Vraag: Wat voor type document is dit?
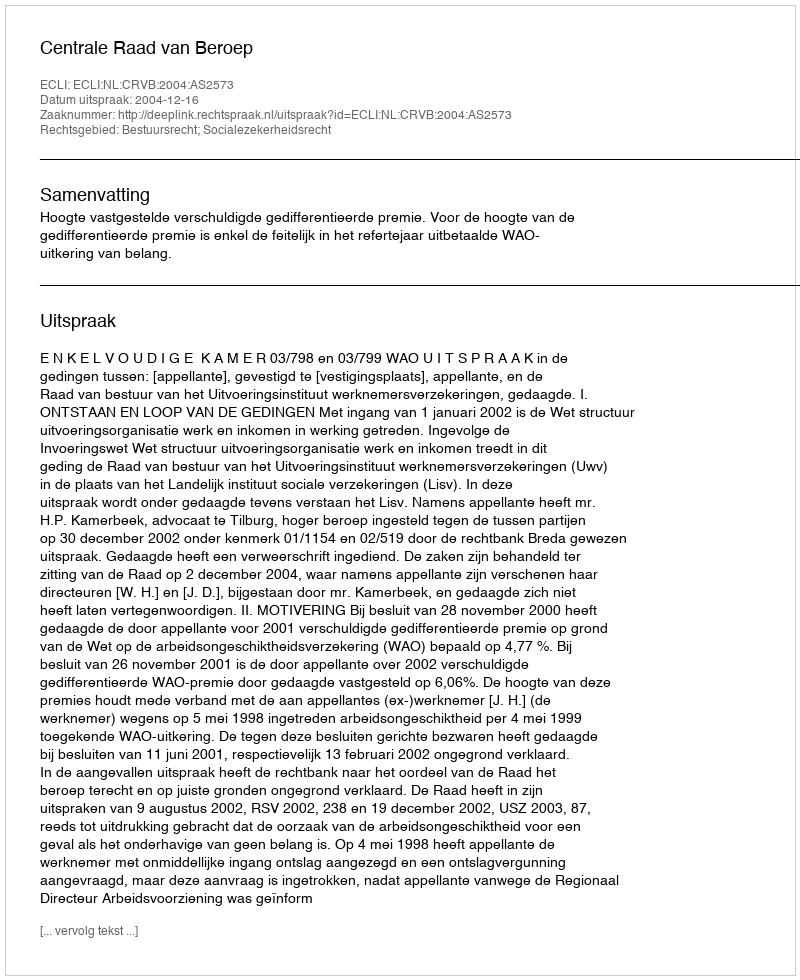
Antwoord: Uitspraak